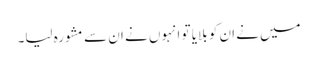
میں نے ان کو بلایا تو انہوں نے ان سے مشورہ لیا۔